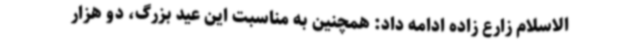
الاسلام زارع زاده ادامه داد: همچنین به مناسبت این عید بزرگ، دو هزار